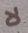
لا